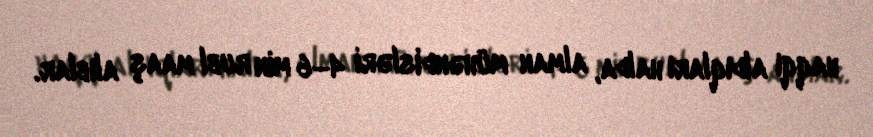
haqqı aldıqları halda, alman mühəndisləri 4–6 min rubl maaş alıblar.